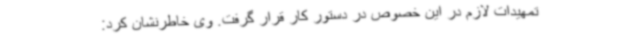
تمهیدات لازم در این خصوص در دستور کار قرار گرفت. وی خاطرنشان کرد: